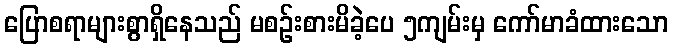
ပြောစရာများစွာရှိနေသည် မစဉ်းစားမိခဲ့ပေ ၅ကျမ်းမှ ကော်မာခံထားသော